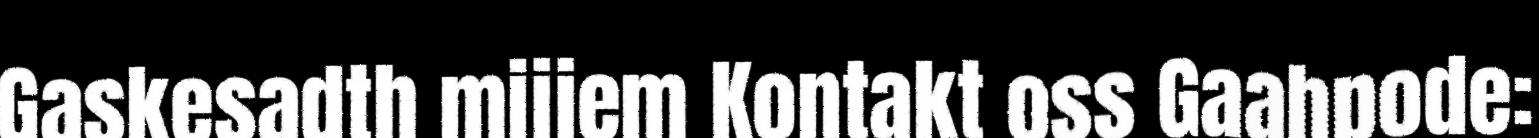
Gaskesadth mijjem Kontakt oss Gaahpode: